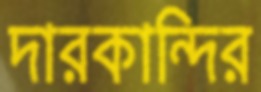
দারকান্দির